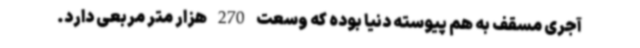
آجری مسقف به هم پیوسته دنیا بوده که وسعت 270 هزار متر مربعی دارد.